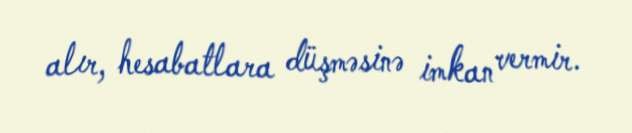
alır, hesabatlara düşməsinə imkan vermir.